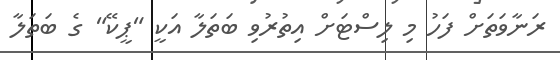
ރަނާވަތަށް ފަހު މި ލިސްޓަށް އިތުރުވި ބަތަލާ އަކީ "ޕީކޭ" ގެ ބަތަލާ